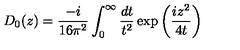
D _ { 0 } ( z ) = \frac { - i } { 1 6 \pi ^ { 2 } } \int _ { 0 } ^ { \infty } \frac { d t } { t ^ { 2 } } \exp \left( \frac { i z ^ { 2 } } { 4 t } \right)